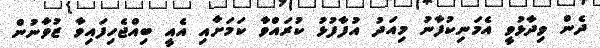
ދެން ވިދާޅުވީ އެމަނިކުފާނު މިއަދު އުފާފުޅު ކުރައްވާ ކަމަށާއި އެއީ ބިއްޖެހިފައިވާ ޒުވާނުން